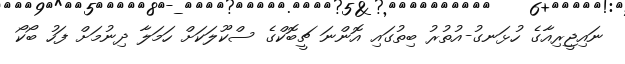
ނައިޖީރިއާގެ ހުޅަނގު-އުތުރު ބިތުގައި އޮންނަ ޗީބޮކްގެ ސްކޫލަކަށް ހަމަލާ ދިނުމަށް ފަހު ބޯކޯ